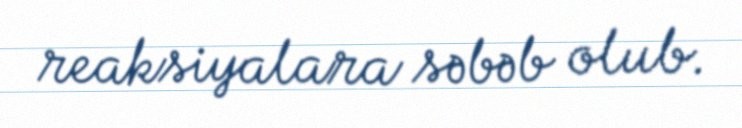
reaksiyalara səbəb olub.